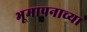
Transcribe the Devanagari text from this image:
भूमापनाच्या